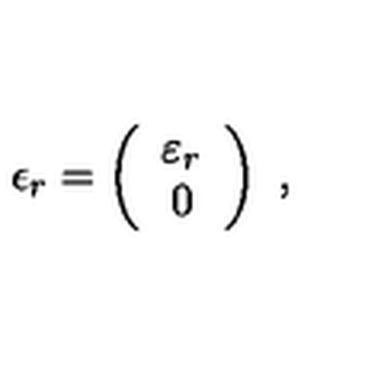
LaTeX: \epsilon _ { r } = \left( \begin{array} { c } { \varepsilon _ { r } } \\ { 0 } \\ \end{array} \right) \ ,